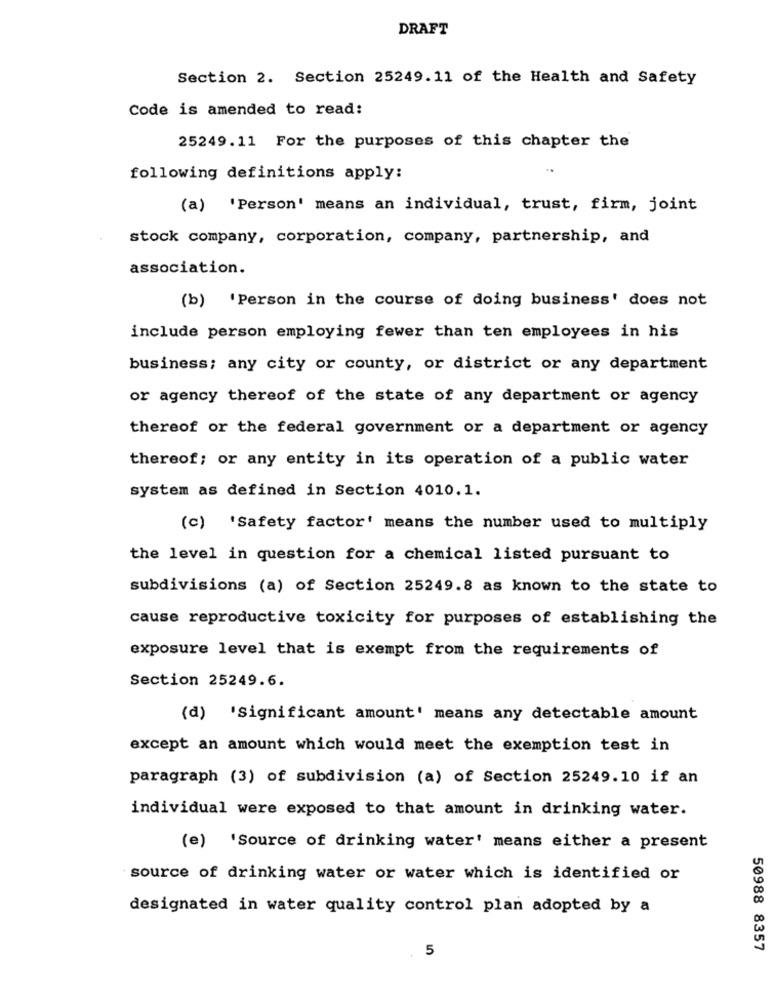
DRAFT
Section 2. Section 25249.11 of the Health and Safety
Code is amended to read:
25249.11 For the purposes of this chapter the
following definitions apply:
(a) 'Person' means an individual, trust, firm, joint
stock company, corporation, company, partnership, and
association.
(b) 'Person in the course of doing business' does not
include person employing fewer than ten employees in his
business; any city or county, or district or any department
or agency thereof of the state of any department or agency
thereof or the federal government or a department or agency
thereof; or any entity in its operation of a public water
system as defined in Section 4010.1.
(c) 'Safety factor' means the number used to multiply
the level in question for a chemical listed pursuant to
subdivisions (a) of Section 25249.8 as known to the state to
cause reproductive toxicity for purposes of establishing the
exposure level that is exempt from the requirements of
Section 25249.6.
(d) 'Significant amount' means any detectable amount
except an amount which would meet the exemption test in
paragraph (3) of subdivision (a) of Section 25249.10 if an
individual were exposed to that amount in drinking water.
(e) 'Source of drinking water' means either a present
source of drinking water or water which is identified or
designated in water quality control plan adopted by a
5
50988 8357